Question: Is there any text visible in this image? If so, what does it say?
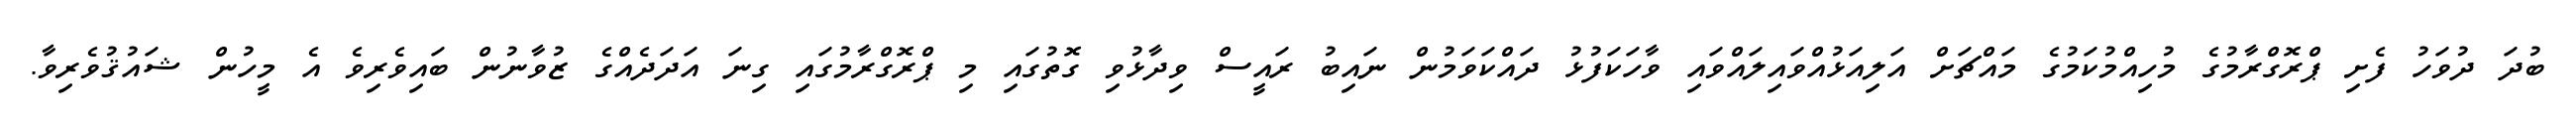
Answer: ބުދަ ދުވަހު ފެށި ޕްރޮގްރާމުގެ މުހިއްމުކަމުގެ މައްޗަށް އަލިއަޅުއްވައިލައްވައި ވާހަކަފުޅު ދައްކަވަމުން ނައިބު ރައީސް ވިދާޅުވި ގޮތުގައި މި ޕްރޮގްރާމުގައި ގިނަ އަދަދެއްގެ ޒުވާނުން ބައިވެރިވެ އެ މީހުން ޝައުޤުވެރިވާ.